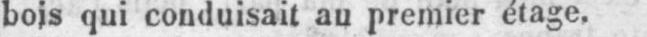
bois qui conduisait au premier étage.